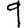
Digit: 9